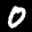
Label: 0